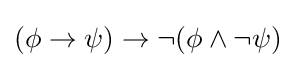
(\phi \to \psi )\to \neg (\phi \land \neg \psi )